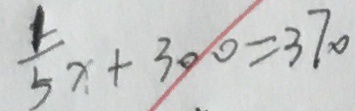
\frac { 1 } { 5 } x + 3 0 0 = 3 7 0